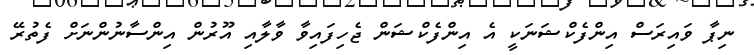
ނިޕާ ވައިރަސް އިންފެކްޝަނަކީ އެ އިންފެކްޝަން ޖެހިފައިވާ ވާލާއި އޫރުން އިންސާނުންނަށް ފެތުރޭ